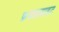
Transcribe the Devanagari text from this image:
फ़ड़फ़ड़ाहट